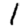
Digit: 1